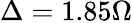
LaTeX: \Delta=1.85\Omega